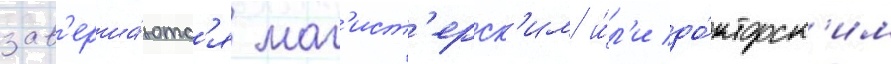
зав'ерша́ютс'я маг'ист'ерск'им и́л'и до́кторск'им